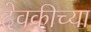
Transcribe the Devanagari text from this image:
देवकीच्या